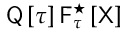
{ \sf Q } \left[ \tau \right] { \sf F } _ { \tau } ^ { \star } \left[ \sf X \right]